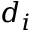
d _ { i }